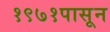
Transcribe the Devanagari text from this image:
१९७१पासून